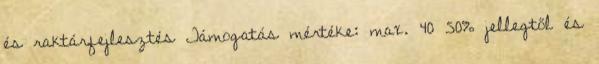
és raktárfejlesztés Támogatás mértéke: max. 40 50% jellegtől és